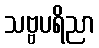
သဗ္ဗပရိညာ